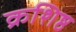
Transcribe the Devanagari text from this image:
क्रशिष्ठ